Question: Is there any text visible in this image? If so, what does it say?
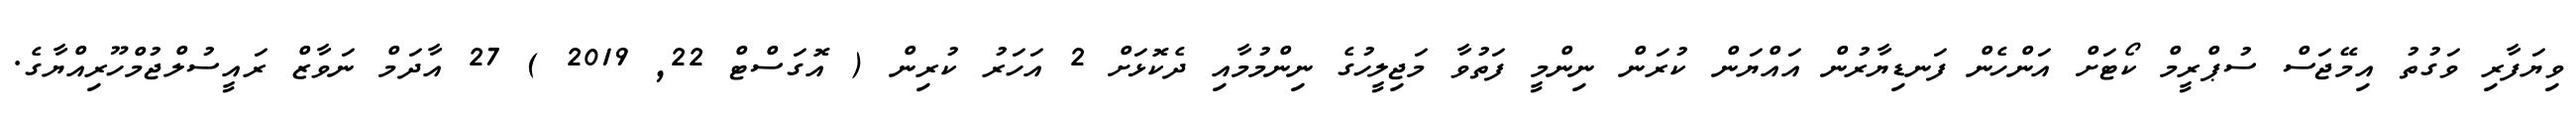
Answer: ވިޔަފާރި ވަގުތު އިމޭޖަސް ސުޕްރީމް ކޯޓަށް އަންހެން ފަނޑިޔާރުން އައްޔަން ކުރަން ނިންމީ ފަތުވާ މަޖިލީހުގެ ނިންމުމާއި ދެކޮޅަށް 2 އަހަރު ކުރިން ( އޮގަސްޓް 22, 2019 ) 27 އާދަމް ނަވާޒް ރައީސުލްޖުމްހޫރިއްޔާގެ.